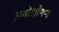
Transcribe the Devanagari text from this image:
अवोशोषण